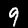
Label: 9